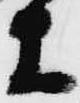
等